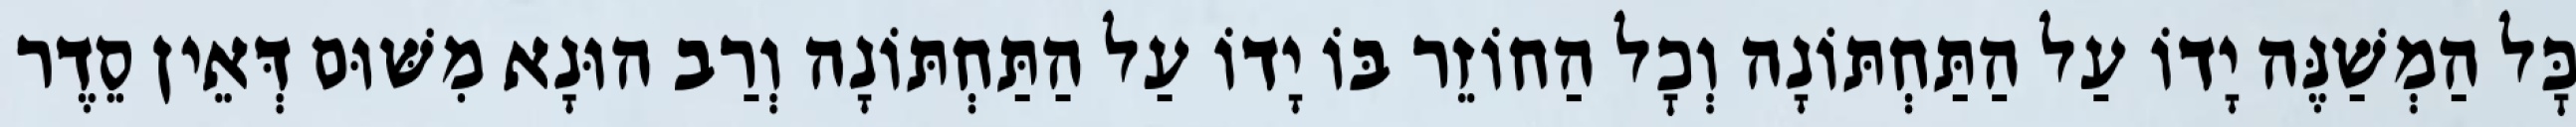
כׇּל הַמְשַׁנֶּה יָדוֹ עַל הַתַּחְתּוֹנָה וְכׇל הַחוֹזֵר בּוֹ יָדוֹ עַל הַתַּחְתּוֹנָה וְרַב הוּנָא מִשּׁוּם דְּאֵין סֵדֶר